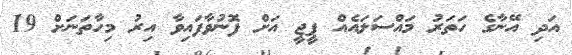
އަދި އޭނާގެ ހަތަރު މައްސަލައެއް ޕީޖީ އަށް ފޮނުވާފައިވާ އިރު މިހާތަނަށް 19